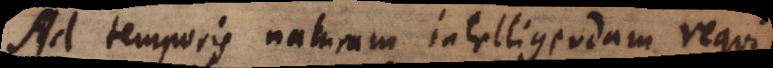
Ad temporis naturam intelligendam requiretur